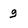
Character: 9